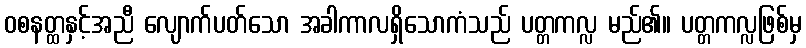
ဝစနတ္ထနှင့်အညီ လျောက်ပတ်သော အခါကာလရှိသောကံသည် ပတ္တကလ္လ မည်၏။ ပတ္တကလ္လဖြစ်မှ